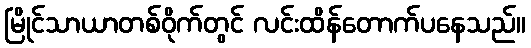
မြိုင်သာယာတစ်ဝိုက်တွင် လင်းထိန်တောက်ပနေသည်။